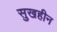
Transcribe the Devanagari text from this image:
सुखहीन